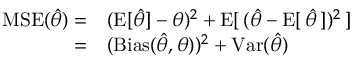
\begin{array} { r l } { \operatorname { M S E } ( { \hat { \theta } } ) = } & { { } ( \operatorname { E } [ { \hat { \theta } } ] - \theta ) ^ { 2 } + \operatorname { E } [ \, ( { \hat { \theta } } - \operatorname { E } [ \, { \hat { \theta } } \, ] ) ^ { 2 } \, ] } \\ { = } & { { } ( \operatorname { B i a s } ( { \hat { \theta } } , \theta ) ) ^ { 2 } + \operatorname { V a r } ( { \hat { \theta } } ) } \end{array}